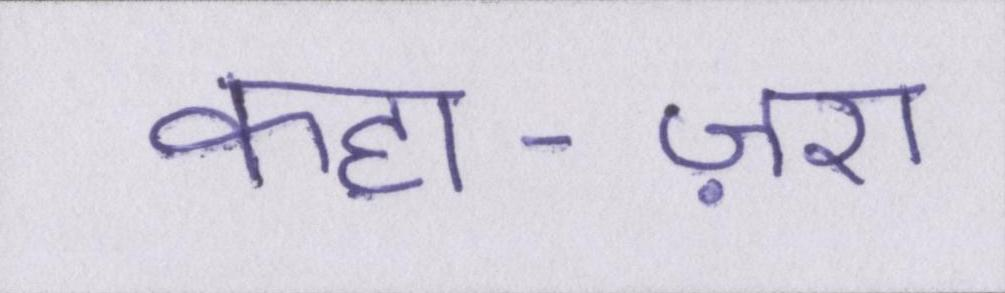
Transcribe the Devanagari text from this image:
कहा-ज़रा